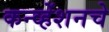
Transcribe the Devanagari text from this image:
कन्व्हेंशनचे